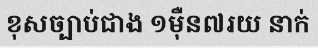
ខុសច្បាប់ជាង ១ម៉ឺន៧រយ នាក់